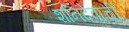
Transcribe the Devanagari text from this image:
शनिदेवाची